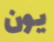
يون